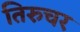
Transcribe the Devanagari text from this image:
तिरुचर